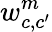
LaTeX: w_{c,c^{\prime}}^{m}